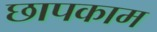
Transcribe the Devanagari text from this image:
छापकाम